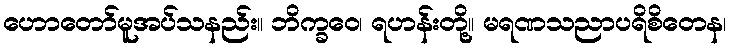
ဟောတော်မူအပ်သနည်း။ ဘိက္ခဝေ၊ ရဟန်းတို့။ မရဏသညာပရိစိတေန၊